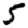
Digit: 5